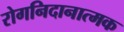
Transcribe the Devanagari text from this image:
रोगनिदानात्मक